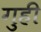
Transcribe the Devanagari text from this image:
गुही